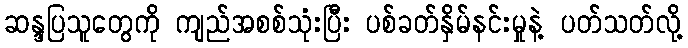
ဆန္ဒပြသူတွေကို ကျည်အစစ်သုံးပြီး ပစ်ခတ်နှိမ်နင်းမှုနဲ့ ပတ်သတ်လို့